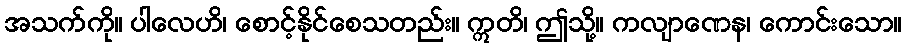
အသက်ကို။ ပါလေဟိ၊ စောင့်နိုင်စေသတည်း။ ဣတိ၊ ဤသို့။ ကလျာဏေန၊ ကောင်းသော။